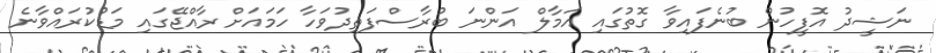
ނަޝީދު އޮފީހުން ބުނެފައިވާ ގޮތުގައި އަމާލް އަންނަ ބުރާސްފަތިދުވަހާ ހަމައަށް ރާއްޖޭގައި މަޑުކުރައްވާނެ